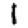
Digit: 1